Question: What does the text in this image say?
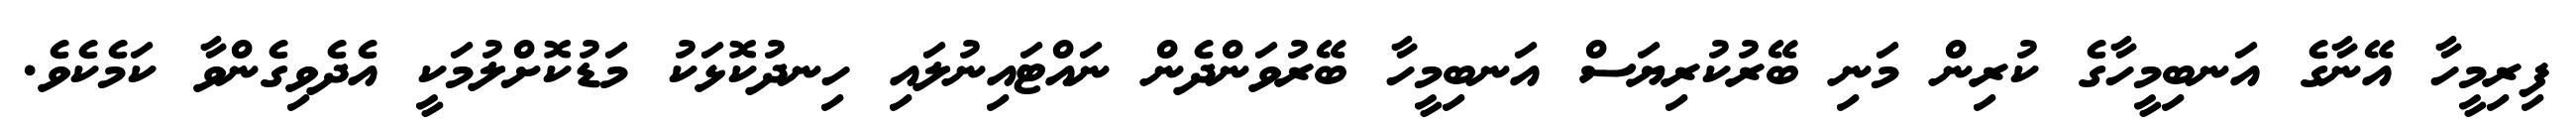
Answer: ފިރިމީހާ އޭނާގެ އަނބިމީހާގެ ކުރިން މަނި ބޭރުކުރިޔަސް އަނބިމީހާ ބޭރުވަންދެން ނައްޓައިނުލައި ހިނދުކޮޅަކު މަޑުކޮށްލުމަކީ އެދެވިގެންވާ ކަމެކެވެ.